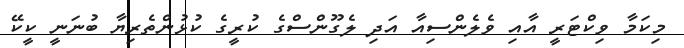
މިކަމާ ވިކްޓަރީ އާއި ވެލެންސިއާ އަދި ލެގޫންސްގެ ކުރީގެ ކުޅުންތެރިޔާ ބުނަނީ ކީކޭ